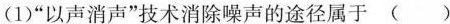
(1)”以声消声”技术消除噪声的途径属于( )